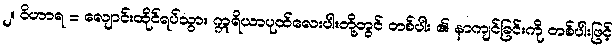
၂။ ဝိဟာရ = လျောင်းထိုင်ရပ်သွား ဣရိယာပုထ်လေးပါးတို့တွင် တစ်ပါး ၏ နာကျင်ခြင်းကို တစ်ပါးဖြင့်